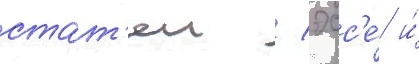
стат'еи / эсс'е́ и́